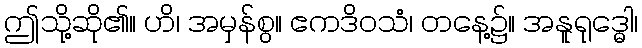
ဤသို့ဆို၏။ ဟိ၊ အမှန်စွ။ ဧကဒိဝသံ၊ တနေ့၌။ အနူရုဒ္ဓေါ၊